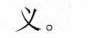
义、